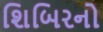
શિબિરનો